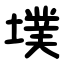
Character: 墣